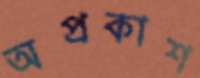
অপ্রকাশ